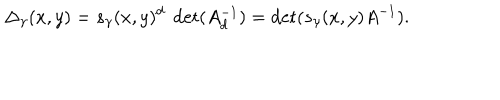
\Delta _ { \gamma } ( x , y ) = s _ { \gamma } ( x , y ) ^ { d } \; \det ( A _ { d } ^ { - 1 } ) = \det ( s _ { \gamma } ( x , y ) A ^ { - 1 } ) .